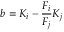
b = K _ { i } - \frac { F _ { i } } { F _ { j } } K _ { j }